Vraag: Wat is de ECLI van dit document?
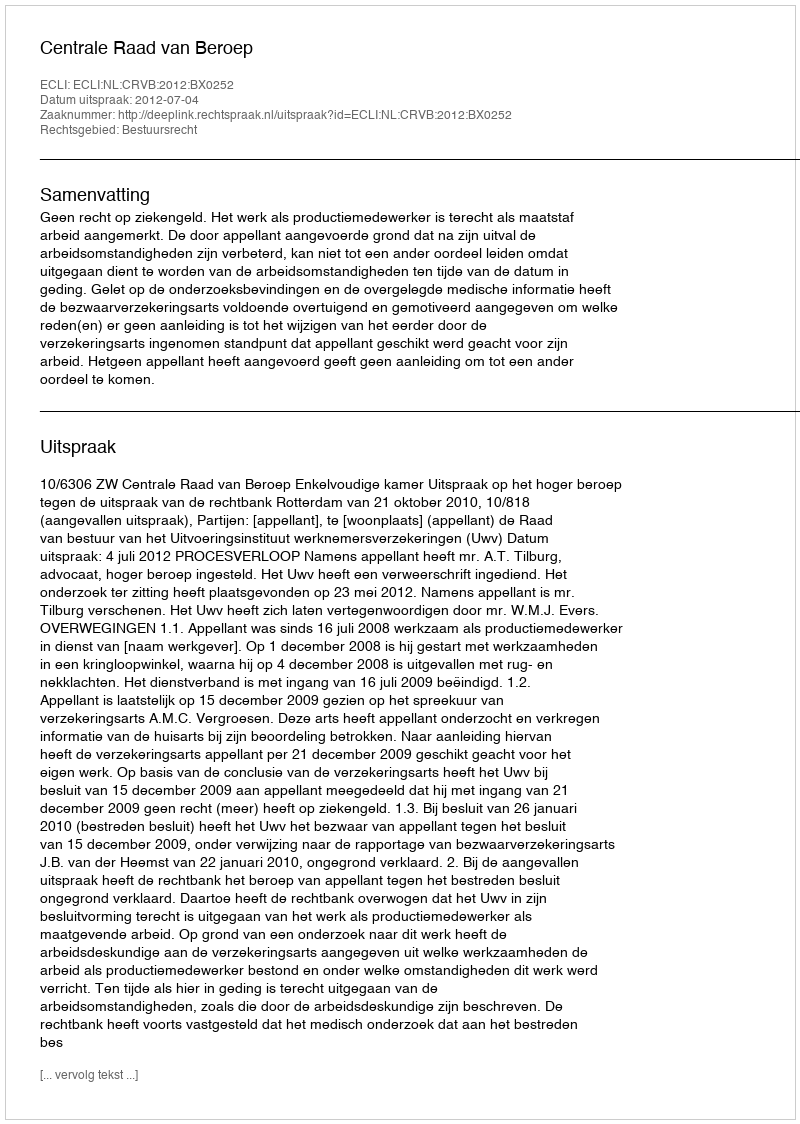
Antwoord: ECLI:NL:CRVB:2012:BX0252